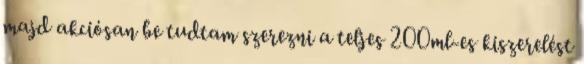
majd akciósan be tudtam szerezni a teljes 200ml-es kiszerelést